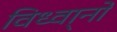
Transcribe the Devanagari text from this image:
विध्वा्नो